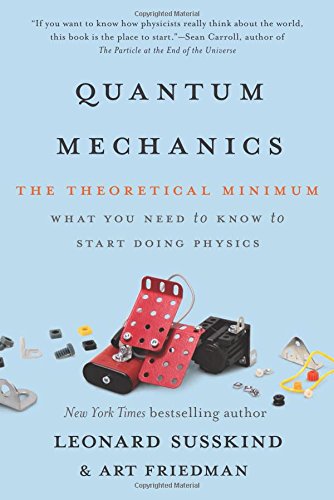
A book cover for Quantum Mechanics: The Theoretical Minimum; Leonard Susskind; Science & Math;